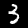
Label: 3